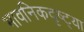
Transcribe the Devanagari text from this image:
भावनिकदृष्‍ट्या